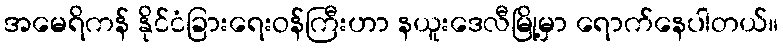
အမေရိကန် နိုင်ငံခြားရေးဝန်ကြီးဟာ နယူးဒေလီမြို့မှာ ရောက်နေပါတယ်။